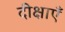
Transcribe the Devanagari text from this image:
दीक्षाएँ